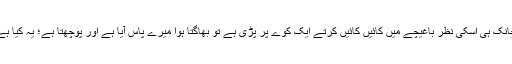
اچانک ہی اُسکی نظر باغیچے میں کائیں کائیں کرتے ایک کوّے پر پڑی ہے تو بھاگتا ہوا میرے پاس آیا ہے اور پوچھتا ہے؛ یہ کیا ہے۔